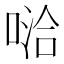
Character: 𱓦